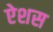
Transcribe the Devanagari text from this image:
ऐशस